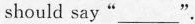
should say"_ "